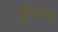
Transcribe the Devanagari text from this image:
वृंतमय